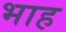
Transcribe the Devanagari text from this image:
भाह